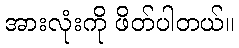
အားလုံးကို ဖိတ်ပါတယ်။